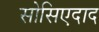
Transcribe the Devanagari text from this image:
सोसिएदाद